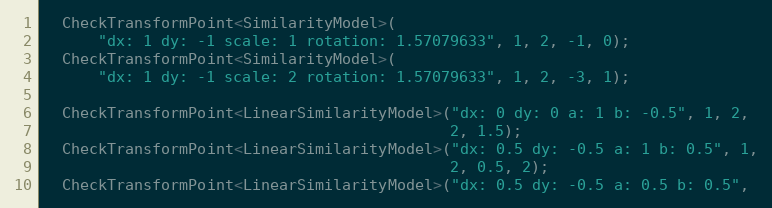
Language: C++
  CheckTransformPoint<SimilarityModel>(
      "dx: 1 dy: -1 scale: 1 rotation: 1.57079633", 1, 2, -1, 0);
  CheckTransformPoint<SimilarityModel>(
      "dx: 1 dy: -1 scale: 2 rotation: 1.57079633", 1, 2, -3, 1);

  CheckTransformPoint<LinearSimilarityModel>("dx: 0 dy: 0 a: 1 b: -0.5", 1, 2,
                                             2, 1.5);
  CheckTransformPoint<LinearSimilarityModel>("dx: 0.5 dy: -0.5 a: 1 b: 0.5", 1,
                                             2, 0.5, 2);
  CheckTransformPoint<LinearSimilarityModel>("dx: 0.5 dy: -0.5 a: 0.5 b: 0.5",